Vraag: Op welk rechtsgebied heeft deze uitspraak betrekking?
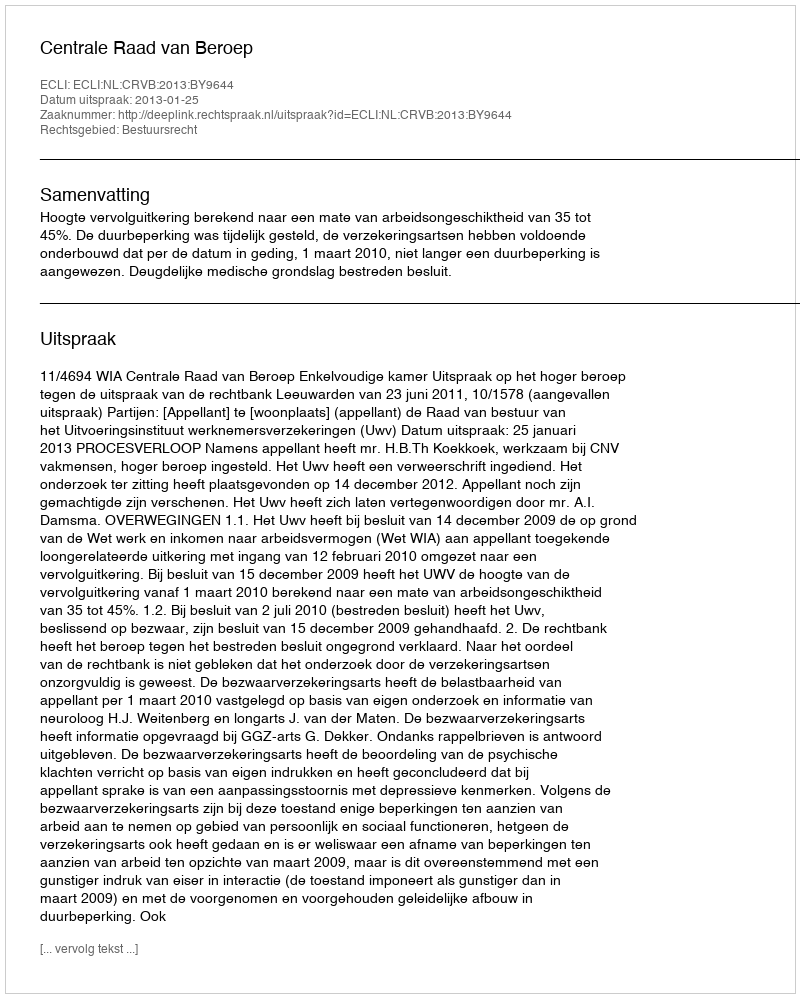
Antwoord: Bestuursrecht